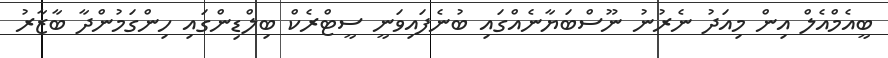
ބީއެމްއެލް އިން މިއަދު ނެރުނު ނޫސްބަޔާނެއްގައި ބުނެފައިވަނީ ސީޓްރެކް ބިލްޑިންގައި ހިންގަމުންދާ ބާޒާރު